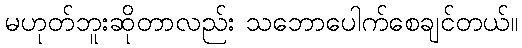
မဟုတ်ဘူးဆိုတာလည်း သဘောပေါက်စေချင်တယ်။